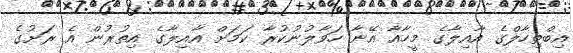
އިބްތިހާލްގެ އާއިލާގެ މީހާއާ އޭނާ ހަވާލުނުކުރާ ކަމަށް އާއިލާގެ އިތުރުން އެ ރަށުގެ